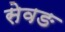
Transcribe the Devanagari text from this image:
सेवङ